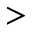
>